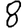
Digit: 8